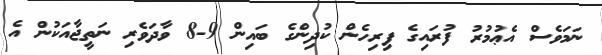
ނަމަވެސް އެޢުމުރު ފުރައިގެ ފިރިހެން ކުދިންގެ ބައިން 9-8 ވާދަވެރި ނަތީޖާއަކުން އެ